Insane asylums in Bengal annual reports 1867-1875 - 1867-1875
Year: 1867
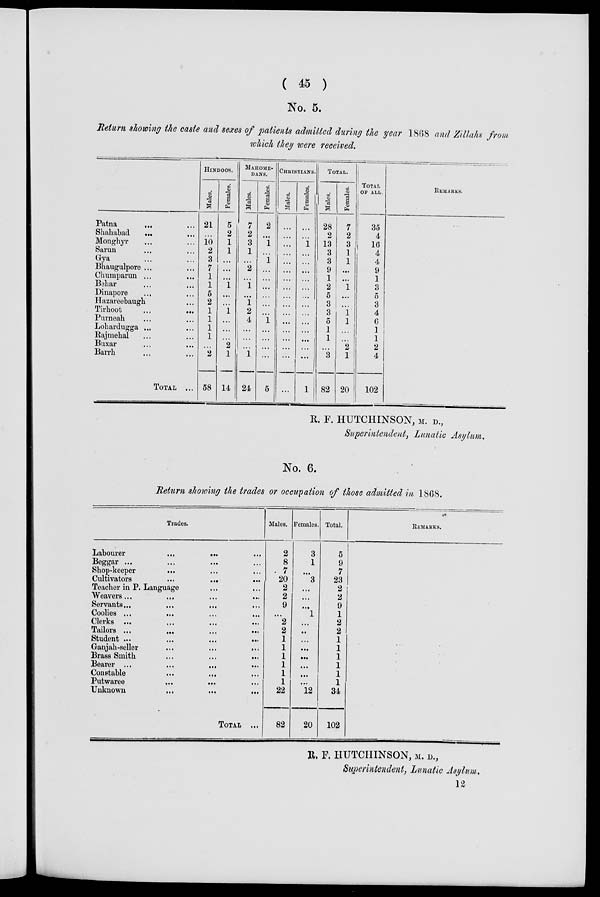
( 45 )
No. 5.
Return showing the caste and sexes of patients admitted during the year 1868 and Zillahs from
which they were received.
Patna
... ...
Shahabad ... ...
Monghyr ... ...
Sarun ... ...
Gya ... ...
Bhaugulpore ... ...
Chumparun ... ...
Behar ... ...
Dinapore ... ...
Hazareebaugh ... ...
Tirhoot ... ...
Purneah ... ...
Lohardugga ... ...
Rajmehal ... ...
Buxar ... ...
Barrh ... ...
TOTAL ...
HINDOOS.
Males.
21
...
10
2
3
7
1
1
5
2
1
1
1
1
...
2
58
Females.
5
2
1
1
...
...
...
1
...
...
1
...
...
...
2
1
14
MAHOME-
DANS.
Males.
7
2
3
1
...
2
...
1
...
1
2
4
...
...
...
1
24
Females.
2
...
1
...
1
...
...
...
...
...
...
1
...
...
...
...
5
CHRISTIANS.
Males.
...
...
...
...
...
...
...
...
...
...
...
...
...
...
...
...
...
Females.
...
...
...
...
...
...
...
...
...
...
...
...
...
...
...
...
1
TOTAL.
Males.
28
2
13
3
3
9
1
2
5
3
3
5
1
1
...
3
82
Females.
7
2
3
1
1
...
...
1
...
...
1
1
...
...
2
1
20
TOTAL
OF ALL.
35
4
16
4
4
9
1
3
5
3
4
6
1
1
2
4
102
REMARKS.
R. F. HUTCHINSON, M. D.,
Superintendent, Lunatic Asylum.
No. 6.
Return showing the trades or occupation of those admitted in 1868.
Trades.
Labourer
...
......
Beggar ... ... ...
Shop-keeper ... ... ...
Cultivators
...
... ...
Teacher in P. Language ... ...
Weavers... ... ... ...
Servants... ... ... ...
Coolies ...
...
...
...
Clerks ...
...
... ...
Tailors ...
... ... ...
Student ....
...
...
...
Ganjah-seller
...
...
...
Brass Smith
...
...
...
Bearer ...
...
... ...
Constable
...
... ...
Putwaree
...
... ...
Unknown ... ... ...
TOTAL ...
Males.
2
8
7
20
2
2
9
...
2
2
1
1
1
1
1
1
22
82
Females.
3
1
...
3
...
...
...
1
...
...
...
...
...
...
...
...
12
20
Total.
5
9
7
23
2
2
9
1
2
2
1
1
1
1
1
1
34
102
REMARKS.
R. F. HUTCHINSON, M. D.,
Superintendent, Lunatic Asylum.
12